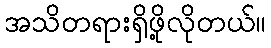
အသိတရားရှိဖို့လိုတယ်။